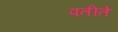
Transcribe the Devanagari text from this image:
पतीते